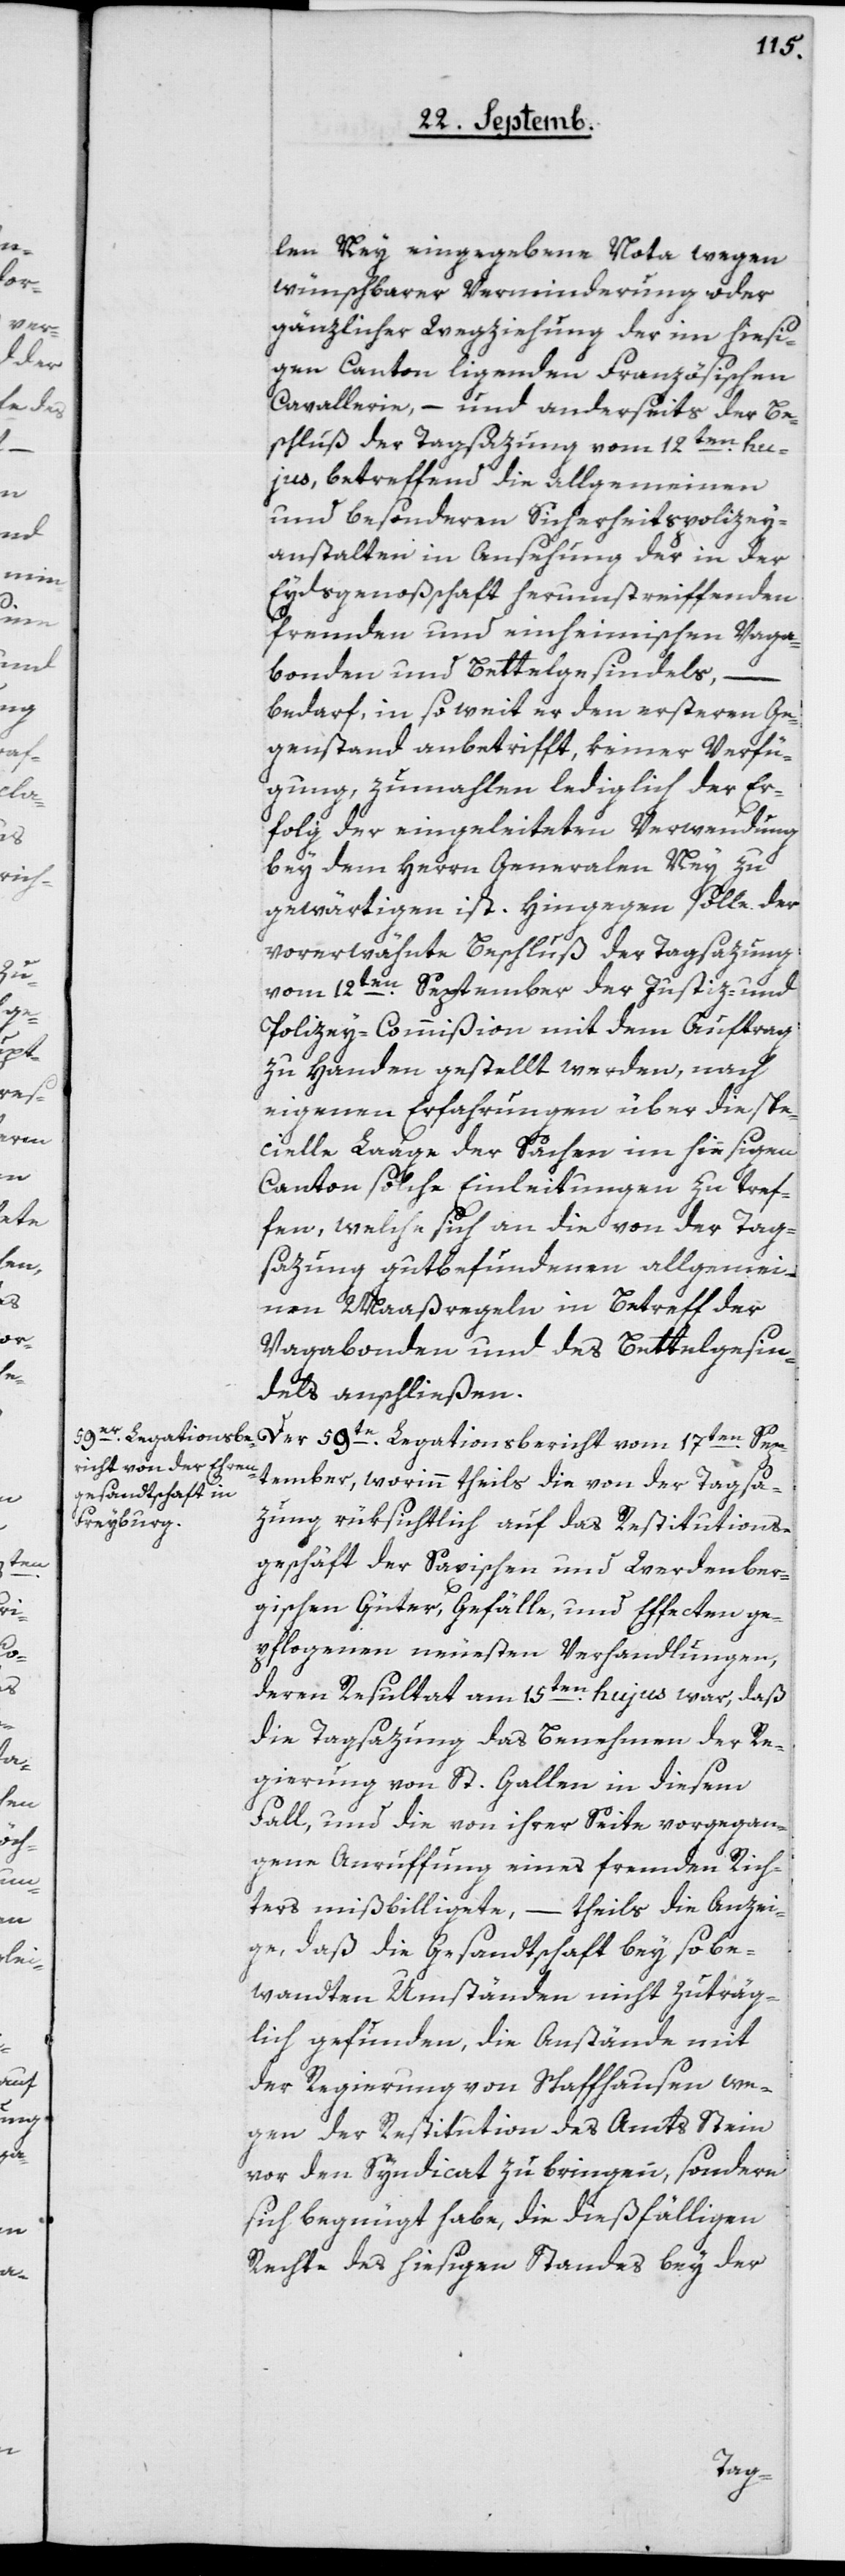
len Ney eingegebene Nota wegen
wünschbarer Verminderung oder
gänzlicher Wegziehung der im hiesi¬
gen Canton liegenden Französischen
Cavallerie, – und anderseits der Be¬
schluß der Tagsazung vom 12ten hu¬
jus, betreffend die allgemeinen
und besonderen Sicherheitspolizey¬
anstalten in Ansehung der in der
Eydsgenoßenschaft herumstreiffenden
Fremden und einheimischen Vaga¬
bonden und Bettelgesindels,
vom
bedarf, in soweit er den ersteren Ge¬
genstand anbetrifft, keiner Verfü¬
gung, zumahlen lediglich der Er¬
folg der eingeleiteten Verwendung
bey dem Herrn Generalen Ney zu
gewärtigen ist. Hingegen solle der
vorerwähnte Beschluß der Tagsazung
vom 12ten September der Justiz- und
Polizey-Commißion mit dem Auftrag
zu Handen gestellt werden, nach
eigenen Erfahrungen über die spe¬
cielle Lage der Sachen im hiesigen
Canton solche Einleitungen zu tref¬
fen, welche sich an die von der Tag¬
sazung gutbefundenen allgemei¬
nen Maaßregeln in Betreff der
Vagabonden und des Bettelgesin¬
dels anschließen.
tember, worinn theils die von der Tagsa¬
zung rüksichtlich auf das Restitutions¬
geschäft der Saxischen und Werdenber¬
gischen Güter, Gefälle und Effecten ge¬
pflogenen neuesten Verhandlungen,
deren Resultat am 15ten hujus war, daß
die Tagsazung das Benehmen der Re¬
gierung von St. Gallen in diesem
Fall, und die von ihrer Seite vorgegan¬
gene Anruffung eines fremden Rich¬
ters mißbilligete, – theils die Anzei¬
ge, daß die Gesandtschaft bey so be¬
wandten Umständen nicht zuträg¬
lich gefunden, die Anstände mit
der Regierung von Schaffhausen we¬
gen der Restitution des Amts Stein
vor den Syndicat zu bringen, sondern
sich begnügt habe, die dießfälligen
Rechte des hiesigen Standes bey der
Sep¬